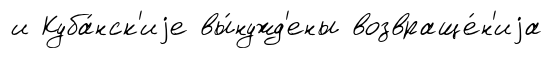
и Куба́нск'иjе вы́нужд'ены возвраще́н'иjа